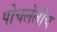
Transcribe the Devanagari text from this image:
पोचलेलीच